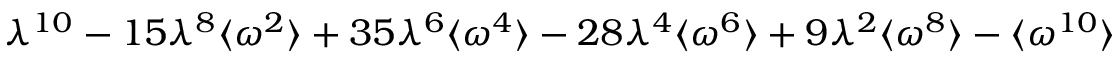
\lambda ^ { 1 0 } - 1 5 \lambda ^ { 8 } \langle \omega ^ { 2 } \rangle + 3 5 \lambda ^ { 6 } \langle \omega ^ { 4 } \rangle - 2 8 \lambda ^ { 4 } \langle \omega ^ { 6 } \rangle + 9 \lambda ^ { 2 } \langle \omega ^ { 8 } \rangle - \langle \omega ^ { 1 0 } \rangle